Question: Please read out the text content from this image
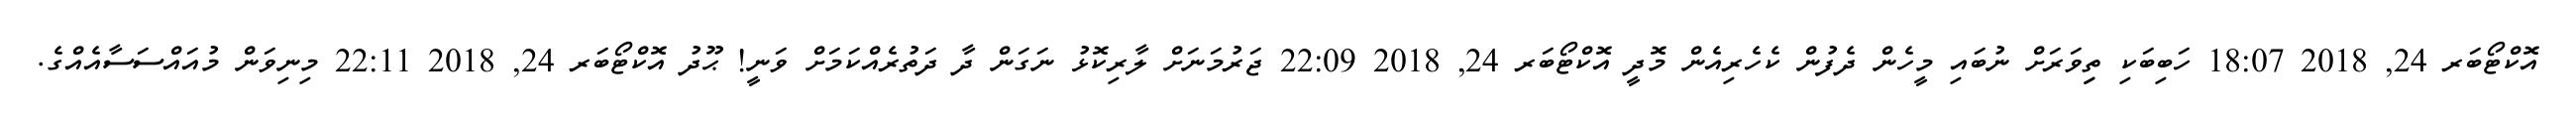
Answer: އޮކްޓޯބަރ 24, 2018 18:07 ހަބިބަކި ތިިވަރަށް ނުބައި މީހެން ދެފުން ކެހެރިއެން މޮދީ އޮކްޓޯބަރ 24, 2018 22:09 ޖަރުމަނަށް ލާރިކޮޅު ނަގަން ދާ ދަތުރެއްކަމަށް ވަނީ! ޙޫދު އޮކްޓޯބަރ 24, 2018 22:11 މިނިވަން މުއައްސަސާއެއްގެ.